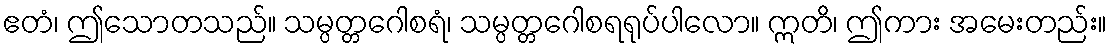
ဧတံ၊ ဤသောတသည်။ သမ္ပတ္တဂေါစရံ၊ သမ္ပတ္တဂေါစရရုပ်ပါလော။ ဣတိ၊ ဤကား အမေးတည်း။